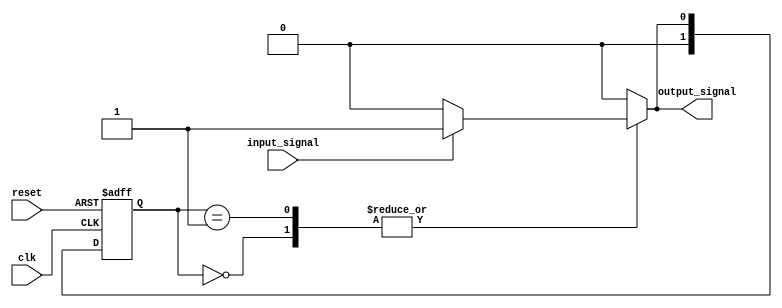
module mealy_fsm #(
    parameter N = 2 // Number of bits for state representation
)(
    input wire clk,          // Clock signal
    input wire reset,        // Asynchronous reset signal
    input wire input_signal,  // Input signal for state transition
    output reg output_signal  // Output signal based on current state and input
);

    // State encoding
    localparam STATE_0 = 2'b00;
    localparam STATE_1 = 2'b01;

    // State register
    reg [N-1:0] current_state, next_state;

    // State transition logic
    always @(*) begin
        case (current_state)
            STATE_0: begin
                if (input_signal) begin
                    next_state = STATE_1;
                    output_signal = 1'b1; // Output changes immediately
                end else begin
                    next_state = STATE_0;
                    output_signal = 1'b0; // Output remains the same
                end
            end
            STATE_1: begin
                if (input_signal) begin
                    next_state = STATE_1;
                    output_signal = 1'b1; // Output remains the same
                end else begin
                    next_state = STATE_0;
                    output_signal = 1'b0; // Output changes immediately
                end
            end
            default: begin
                next_state = STATE_0;
                output_signal = 1'b0; // Default output
            end
        endcase
    end

    // State update logic
    always @(posedge clk or posedge reset) begin
        if (reset) begin
            current_state <= STATE_0; // Initialize to the first state
        end else begin
            current_state <= next_state; // Update state on clock edge
        end
    end

endmodule